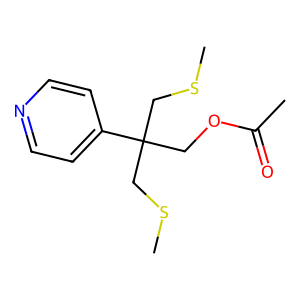
SMILES: CSCC(COC(C)=O)(CSC)c1ccncc1
Inhibits HIV replication: No